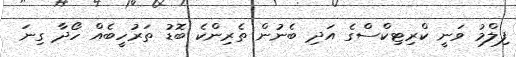
ފިލްމު ވަނީ ކްރިޓިކްސްގެ އަދި ބެނުން ތެރިންކެ ބޮޑު ތަރުހީބެއް ހޯދާ ގިނަ